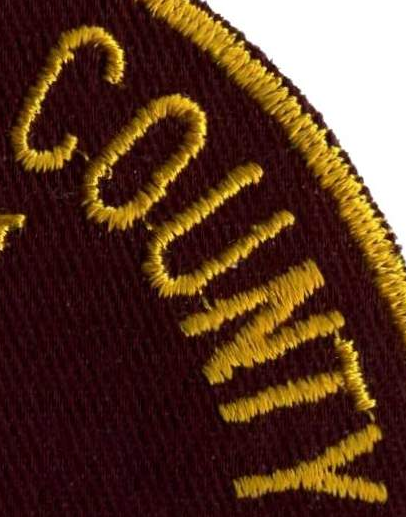
COUNTY